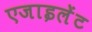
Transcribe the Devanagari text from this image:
एजाइलेंट